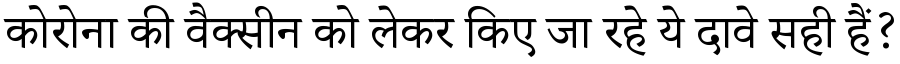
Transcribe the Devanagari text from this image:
कोरोना की वैक्सीन को लेकर किए जा रहे ये दावे सही हैं?